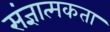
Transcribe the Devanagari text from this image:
संज्ञात्मकता